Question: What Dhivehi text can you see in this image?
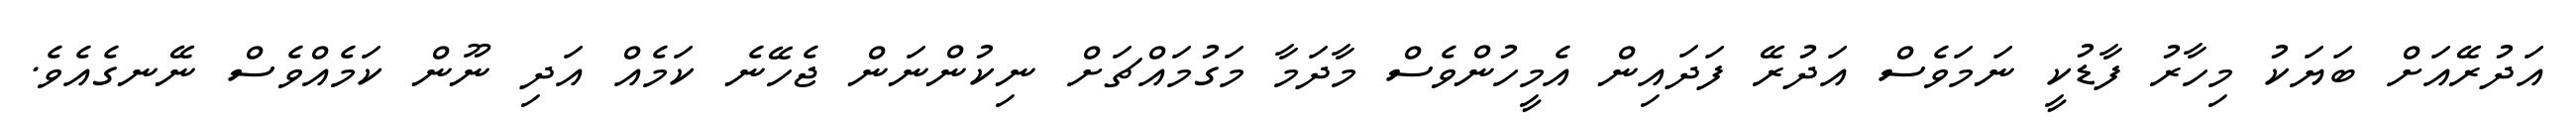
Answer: އަދުރޭއަށް ބަޔަކު މިހާރު ފާޑުކީ ނަމަވެސް އަދުރޭ ފަދައިން އެމީހުންވެސް މާދަމާ މަގުމައްޗަށް ނިކުންނަން ޖެހޭނެ ކަމެއް އަދި ނޫން ކަމެއްވެސް ނޭނގެއެވެ.